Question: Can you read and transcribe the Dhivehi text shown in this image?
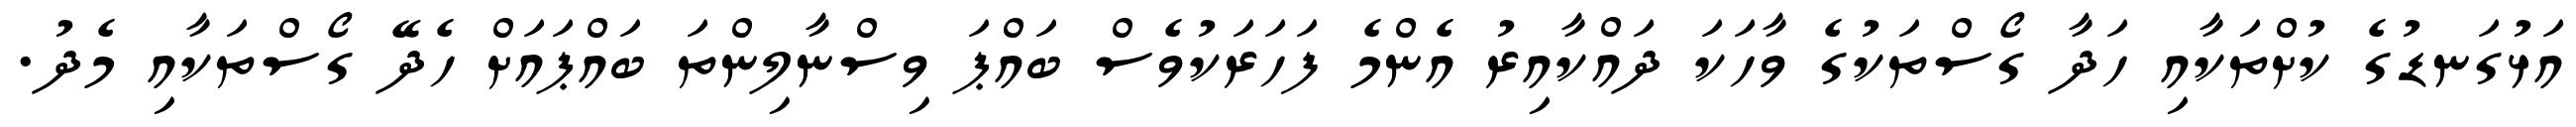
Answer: އަޅުގަނޑުގެ ކުށްތަކާއި ހަދާ ގޯސްތަކުގެ ވާހަކަ ދައްކާއިރު އެންމެ ފަހަރަކުވެސް ބައްޕަ ވިސްނާލިންތަ ބައްޕައަށް ހެދޭ ގޯސްތަކާއި މެދު.